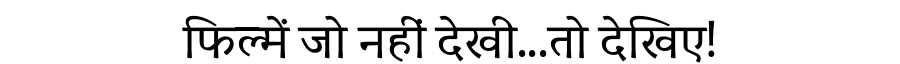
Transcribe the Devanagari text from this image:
फिल्में जो नहीं देखी...तो देखिए!